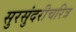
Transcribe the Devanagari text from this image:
सुरसुंदरीचरित्र